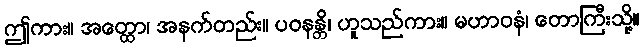
ဤကား။ အတ္ထော၊ အနက်တည်း။ ပဝနန္တိ၊ ဟူသည်ကား။ မဟာဝနံ၊ တောကြီးသို့။